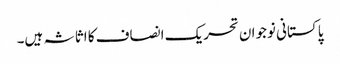
پاکستانی نوجوان تحریک انصاف کا اثاثہ ہیں۔